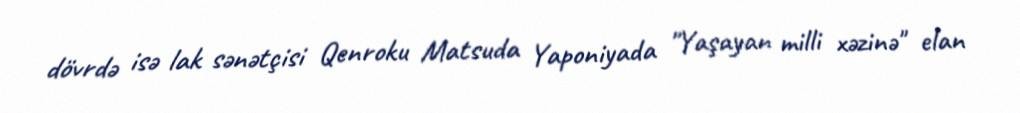
dövrdə isə lak sənətçisi Qenroku Matsuda Yaponiyada "Yaşayan milli xəzinə" elan